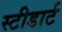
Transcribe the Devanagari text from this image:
स्टीडार्ट